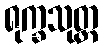
ရုက္ခသုတ္တ